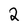
Character: 2